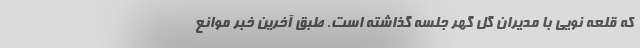
که قلعه نویی با مدیران گل گهر جلسه گذاشته است. طبق آخرین خبر موانع